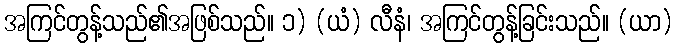
အကြင်တွန့်သည်၏အဖြစ်သည်။ ၁) (ယံ) လီနံ၊ အကြင်တွန့်ခြင်းသည်။ (ယာ)